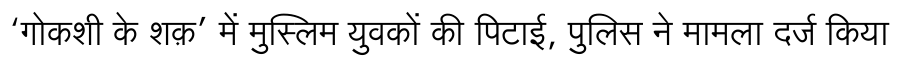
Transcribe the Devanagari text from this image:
‘गोकशी के शक़’ में मुस्लिम युवकों की पिटाई, पुलिस ने मामला दर्ज किया